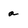
Character: a